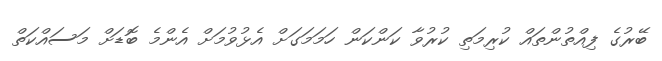
ބޭރުގެ ފިއްތުންތައް ކުރިމަތި ކުރުވާ ކަންކަން ހަމަމަގަށް އެޅުވުމަށް އެންމެ ބޮޑަށް މަސައްކަތް